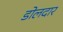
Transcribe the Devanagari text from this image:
डोलदार